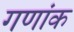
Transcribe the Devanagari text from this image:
गणांक